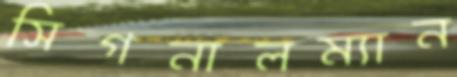
সিগনালম্যান